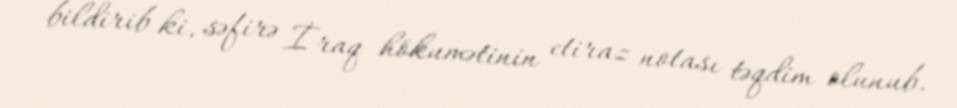
bildirib ki, səfirə İraq hökumətinin etiraz notası təqdim olunub.